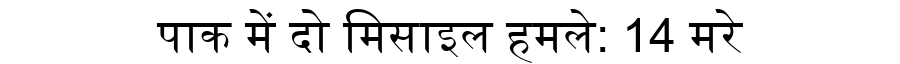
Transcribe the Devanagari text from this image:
पाक में दो मिसाइल हमले: 14 मरे